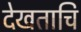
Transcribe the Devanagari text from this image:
देखताचि